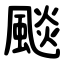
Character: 颷